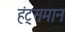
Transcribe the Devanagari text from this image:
हंट्समान